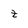
Character: t